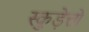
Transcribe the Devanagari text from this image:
स्कुड़ेत्तो